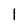
Character: 1